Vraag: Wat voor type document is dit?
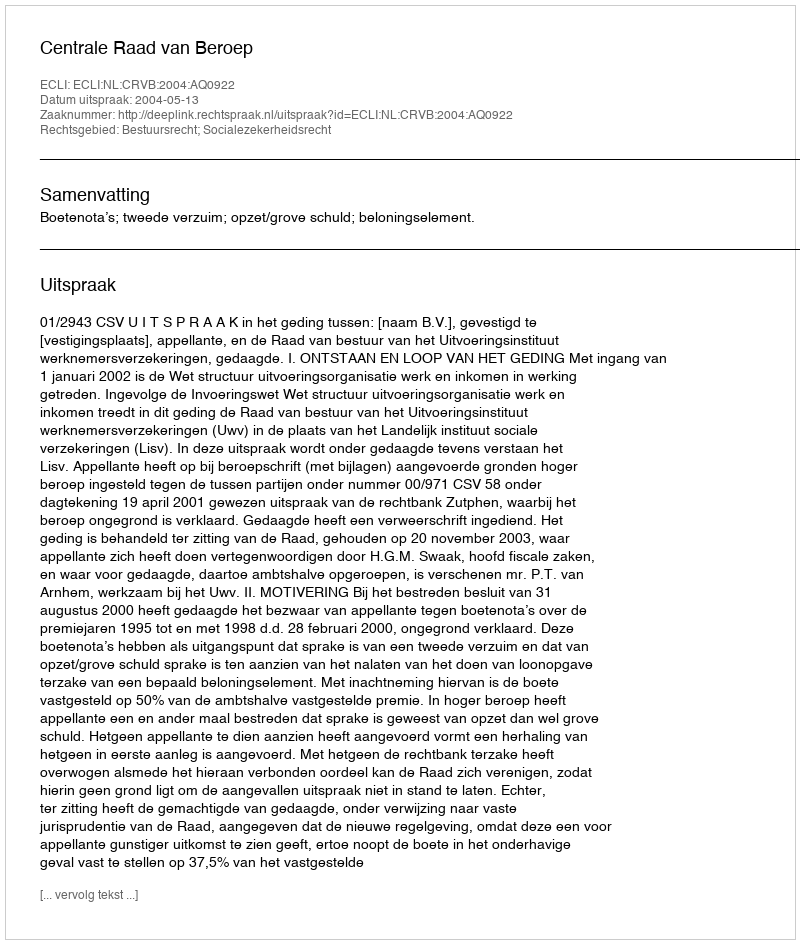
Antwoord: Uitspraak